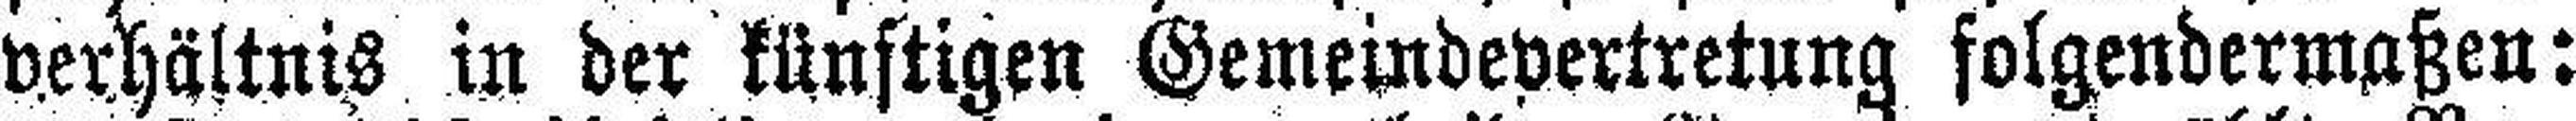
verhältnis in der künftigen Gemeindevertretung folgendermaßen: